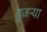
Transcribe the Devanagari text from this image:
हुजऱ्या